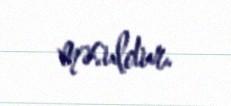
məsuldur.